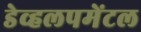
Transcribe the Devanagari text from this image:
डेव्हलपमेंटल